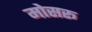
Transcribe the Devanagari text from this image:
मोसरू